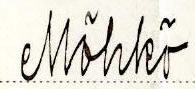
Möhkö